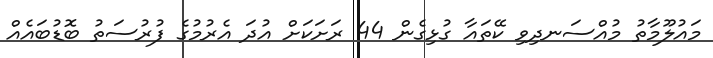
މައުލޫމާތު މުއްސަނދިވި ކޭތައާ ގުޅިގެން 44 ރަށަކަށް އުދަ އެރުމުގެ ފުރުސަތު ބޮޑުބައެއް